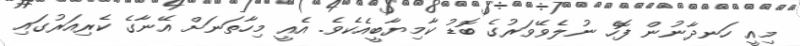
މިއީ ހަނދާނުން ފޮހެ ނުލެވޭވަރުގެ ބޮޑު ކާމިޔާބީއެކެވެ. އެއީ މިހާތަނަށް އޭނާގެ ކެރިއަރުގައި